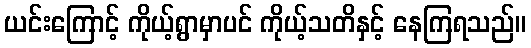
ယင်းကြောင့် ကိုယ့်ရွာမှာပင် ကိုယ့်သတိနှင့် နေကြရသည်။